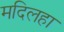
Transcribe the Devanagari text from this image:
मदिलहा